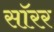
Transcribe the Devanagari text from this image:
सॉरर